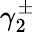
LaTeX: \gamma_{2}^{\pm}